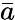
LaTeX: \bar{a}